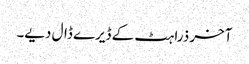
آخر ذرا ہٹ کے ڈیرے ڈال دیے۔